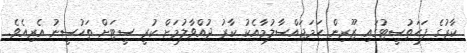
ކާރުގެ ފަހަތުސީޓުގައި ޒޫރިން ހަމަޖައްސާލުމާއެކު ކާރު ދުއްވާލުމަށް ކުރީ ސީޓަށް ތަހުސީނު އެރިއެވެ.